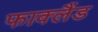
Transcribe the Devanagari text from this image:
फाक्लैंड